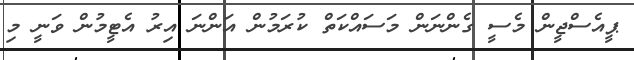
ޕީއެސްޖީން މެސީ ގެންނަން މަސައްކަތް ކުރަމުން އަންނަ އިރު އެޓީމުން ވަނީ މި